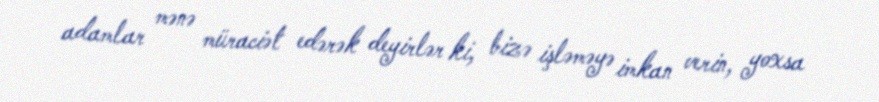
adamlar mənə müraciət edərək deyirlər ki, bizə işləməyə imkan verin, yoxsa